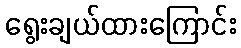
ရွေးချယ်ထားကြောင်း